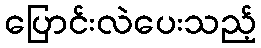
ပြောင်းလဲပေးသည့်